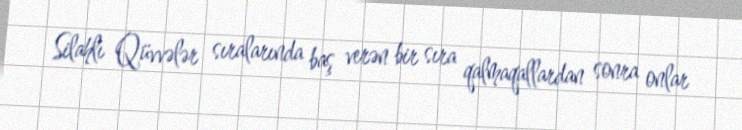
Silahlı Qüvvələr sıralarında baş verən bir sıra qalmaqallardan sonra onlar